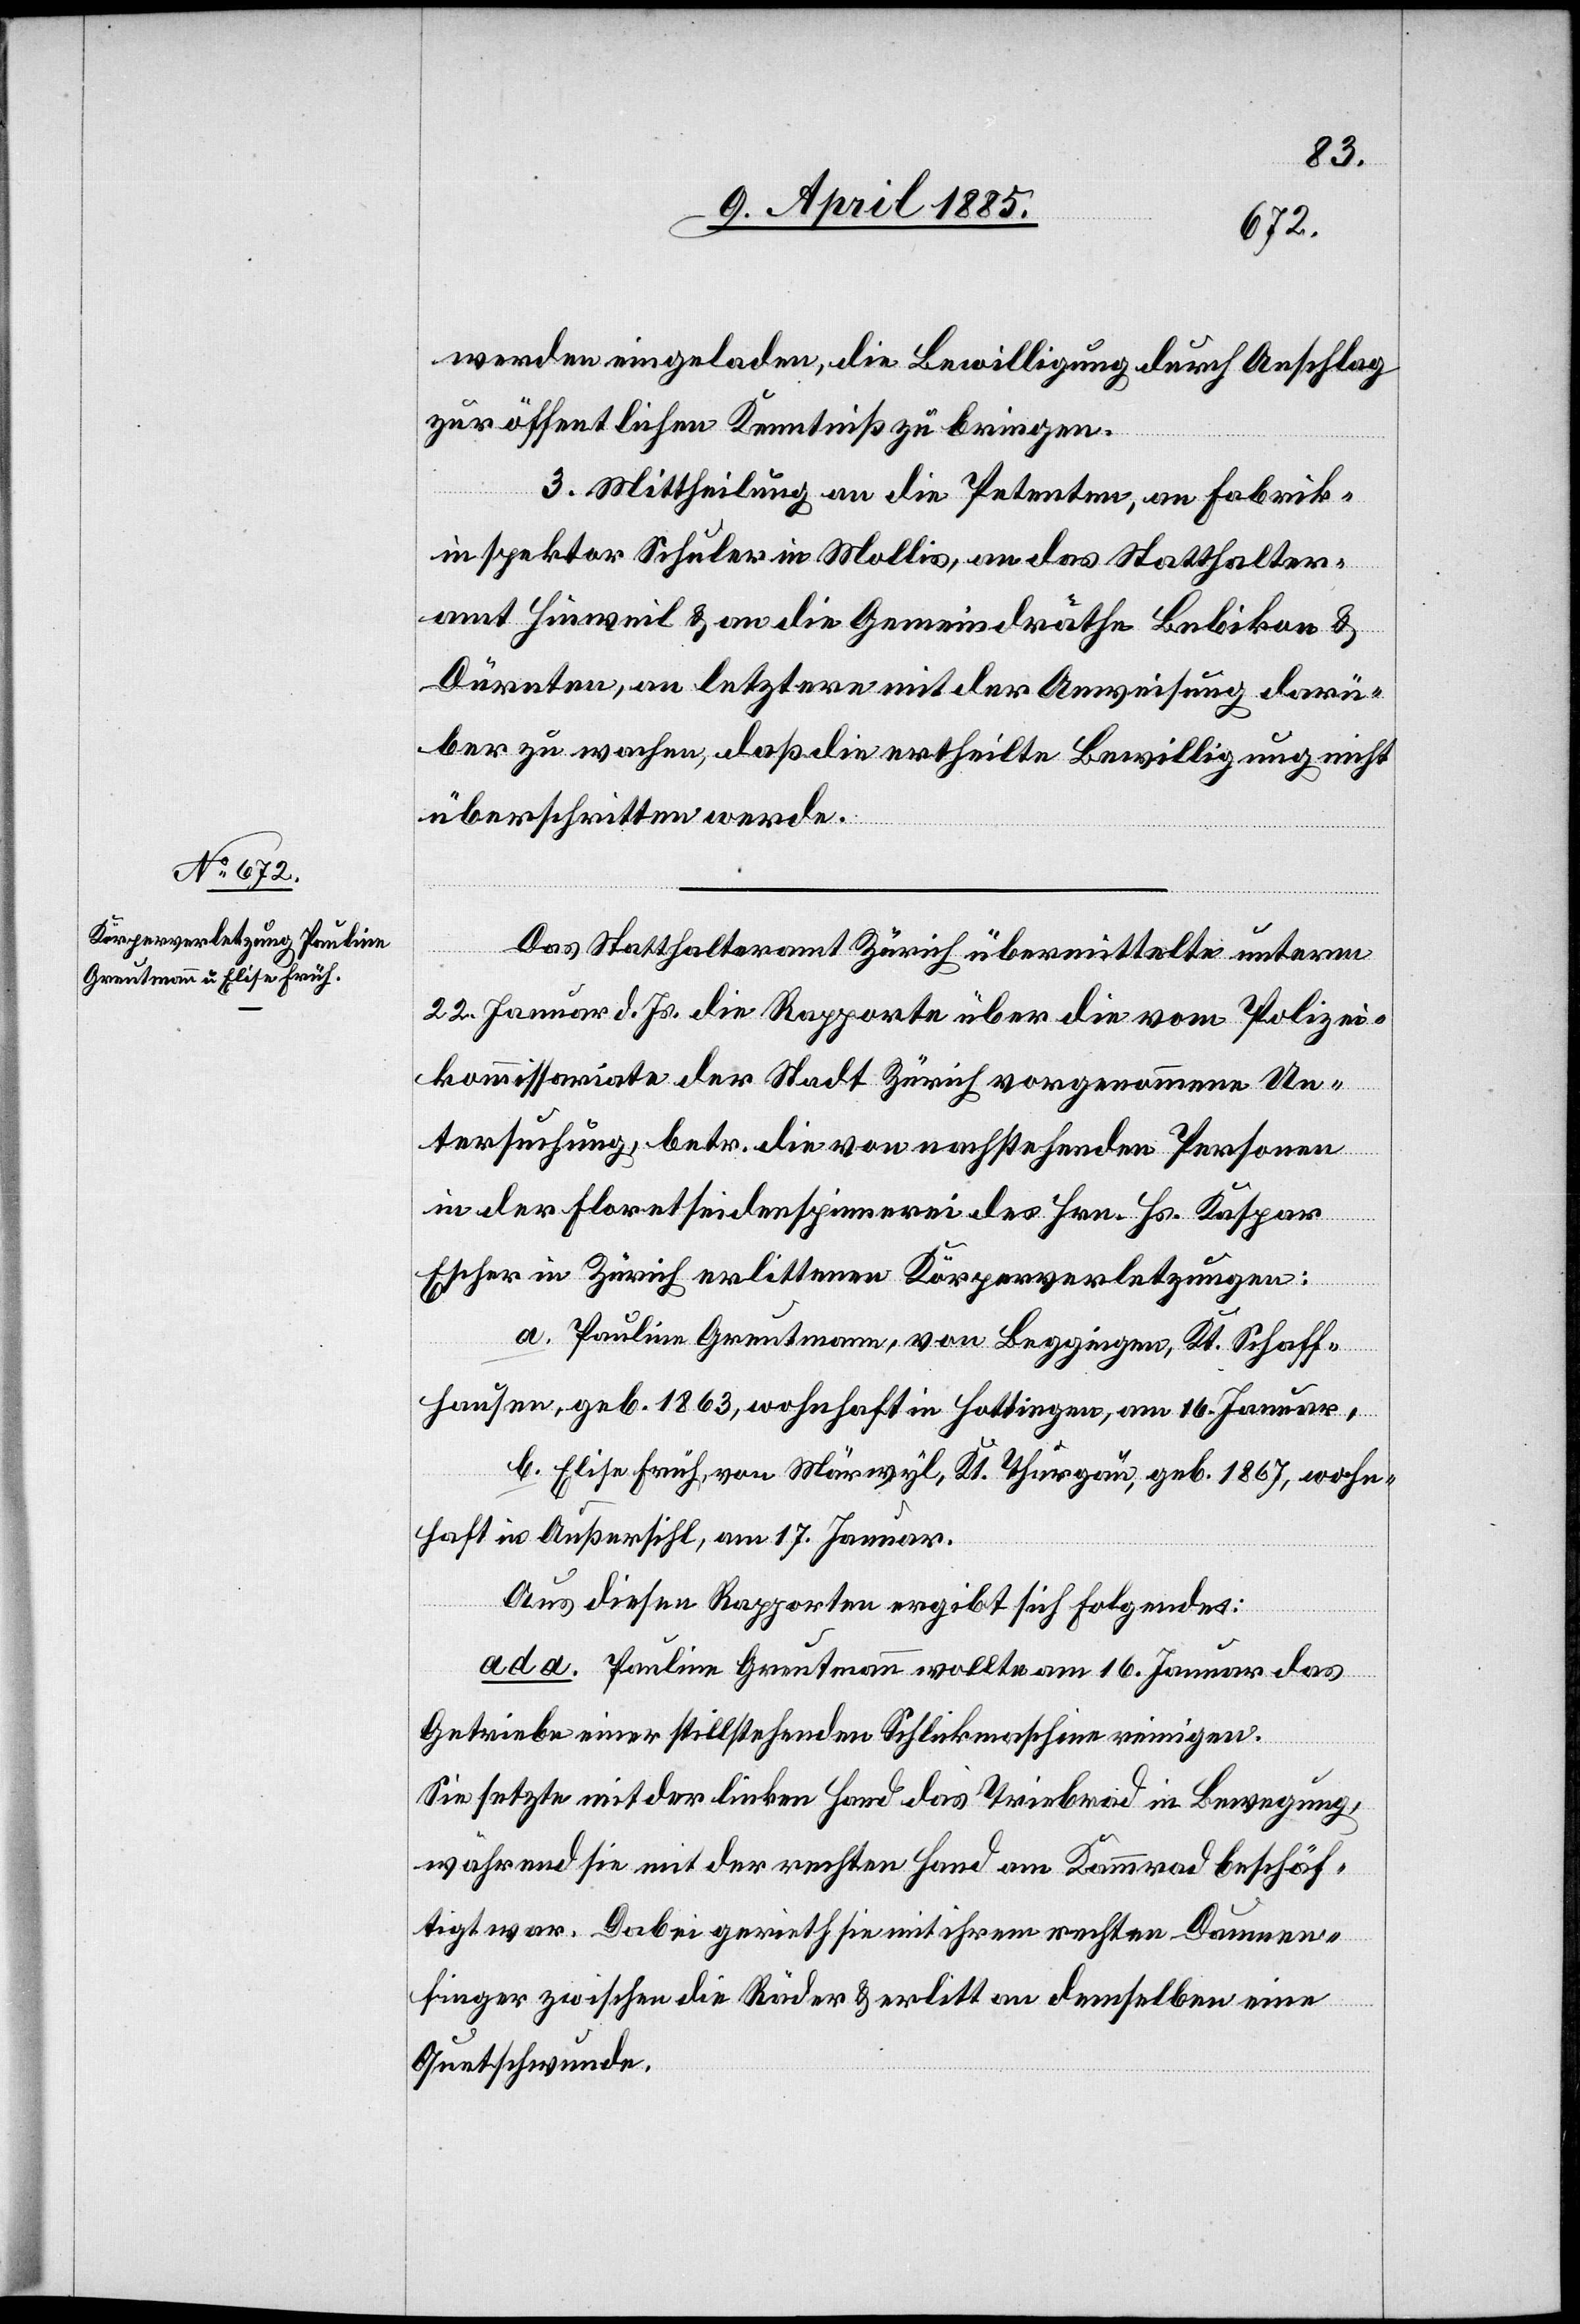
werden eingeladen, die Bewilligung durch Anschlag
zur öffentlichen Kenntniß zu bringen.
3. Mittheilung an die Petenten, an Fabrik¬
inspektor Schuler in Mollis, an das Statthalter¬
amt Hinweil & an die Gemeindräthe Bubikon &
Dürnten, an letztere mit der Anweisung darü¬
ber zu wachen, daß die ertheilte Bewilligung nicht
überschritten werde.
Das Statthalteramt Zürich übermittelte unterm
22. Januar d. Js. die Rapporte über die vom Polizei¬
kommissariate der Stadt Zürich vorgenommene Un¬
tersuchung, betr. die von nachstehenden Personen
in der Floretseidenspinnerei des Hrn. Hs. Kaspar
Escher in Zürich erlittenen Körperlverletzungen:
a. Pauline Greutmann, von Beggingen, Kt. Schaff¬
hausen, geb. 1863, wohnhaft in Hottingen, am 16. Januar,
b. Elise Früh, von Märwyl, Kt. Thurgau, geb. 1867, wohn¬
haft in Außersihl, am 17. Januar.
Aus diesen Rapporten ergibt sich folgendes:
ad a. Pauline Greutmann wollte am 16. Januar das
Getriebe einer stillstehenden Schlickmaschine reinigen.
Sie setzte mit der linken Hand das Triebrad in Bewegung,
während sie mit der rechten Hand am Kammrad beschäf¬
tigt war. Dabei gerieth sie mit ihrem rechten Daumen¬
finger zwischen die Räder & erlitt an demselben eine
Quetschwunde.